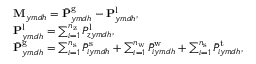
\begin{array} { r l } & { \mathbf { M } _ { y m d h } = \bar { \mathbf { P } } _ { y m d h } ^ { \mathrm { g } } - { \mathbf { P } } _ { y m d h } ^ { \mathrm { l } } , } \\ & { \mathbf { P } _ { y m d h } ^ { \mathrm { l } } = \sum _ { i = 1 } ^ { n _ { \mathrm { z } } } { P } _ { z y m d h } ^ { \mathrm { l } } , } \\ & { \bar { \mathbf { P } } _ { y m d h } ^ { \mathrm { g } } = \sum _ { i = 1 } ^ { n _ { \mathrm { s } } } \bar { P } _ { i y m d h } ^ { \mathrm { s } } + \sum _ { i = 1 } ^ { n _ { \mathrm { w } } } \bar { P } _ { i y m d h } ^ { \mathrm { w } } + \sum _ { i = 1 } ^ { n _ { \mathrm { s } } } \bar { P } _ { i y m d h } ^ { \mathrm { t } } , } \end{array}